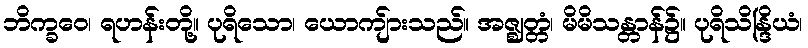
ဘိက္ခဝေ၊ ရဟန်းတို့။ ပုရိသော၊ ယောကျ်ားသည်။ အဇ္ဈတ္တံ၊ မိမိသန္တာန်၌။ ပုရိသိန္ဒြိယံ၊